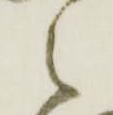
々